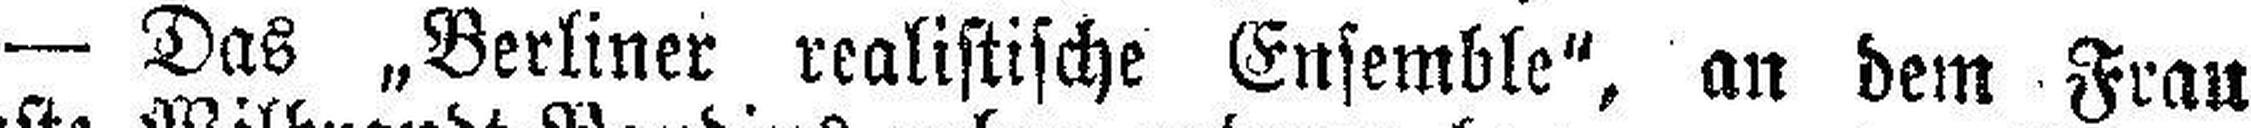
— Das „Berliner realistische Ensemble“, an dem Frau